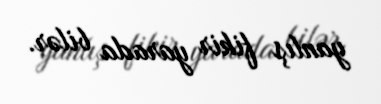
yanlış fikir yarada bilər.